Annual report of the Civil Veterinary Department, Bengal, and of the Bengal Veterinary College for the year 1905-1906 - 1905-1906
Year: 1905
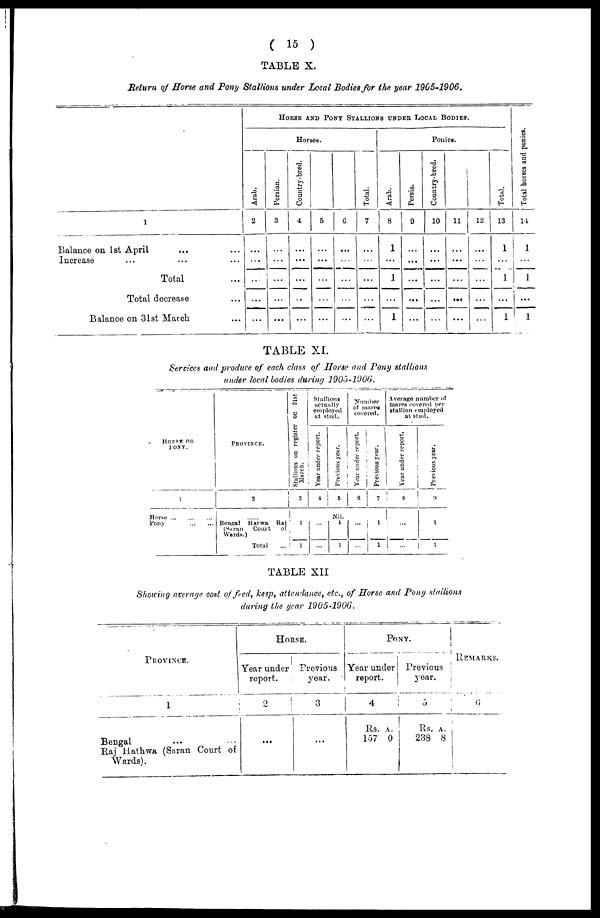
(15)
TABLE X.
Return of Horse and Pony Stallions under Local Bodies for the year 1905-1906.
1
Balance on 1st April ... ...
Increase ... ... ...
Total ...
Total decrease ...
Balance on 31st March ...
HORSE AND PONY STALLIONS UNDER LOCAL BODIES
Horses.
Arab.
2
...
...
...
...
...
Persian.
3
...
...
...
...
...
Country-bred.
4
...
...
...
...
...
5
...
...
...
...
...
6
...
...
...
...
...
Total.
7
...
...
...
...
...
Ponies.
Arab.
8
1
...
1
...
1
Persia.
9
...
...
...
...
...
Country-bred.
10
...
...
...
...
...
11
...
...
...
...
...
12
...
...
...
...
...
Total.
13
1
...
1
...
1
Tot al hor s es and ponies.
14
1
...
1
...
1
TABLE XI.
Services and produce of each class of Horse and Pony stallions
under local bodies during 1905-1906.
HORSE OR
PONY.
1
Horse
...
...
...
Pony
...
...
PROVINCE.
2
......
Bengal Harwa Raj
(Saran
Court
of
Wards.)
Total ...
Stallions on register on 31st
March.
3
1
1
Stallions
actually
employed
at stud.
Year under report.
4
...
...
Previous year.
5
Nil.
1
1
Number
of mares
covered.
Year under report.
6
...
...
Previous year.
7
1
1
Average number of
mares covered per
stallion employed
at stud.
Year under report.
8
...
...
Previous year.
9
1
1
TABLE XII
Showing average cod of feed, keep, attendance, etc., of Horse and Pony stallions
during the year 1905-1906.
PROVINCE.
1
Bengal ... ...
Raj Hathwa (Saran Court of
Wards).
HORSE.
Year under
report.
2
...
Previous
year.
3
...
PONY.
Year under
report.
4
Rs. A.
157 0
Previous
year.
5
Rs.
A.
238 8
REMARKS.
6